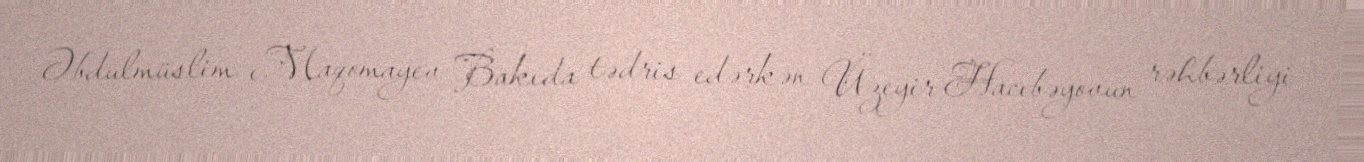
Əbdulmüslim Maqomayev Bakıda tədris edərkən Üzeyir Hacıbəyovun rəhbərliyi